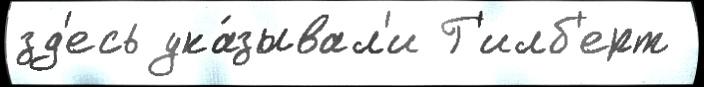
зд'есь ука́зывал'и Г'илб'ерт